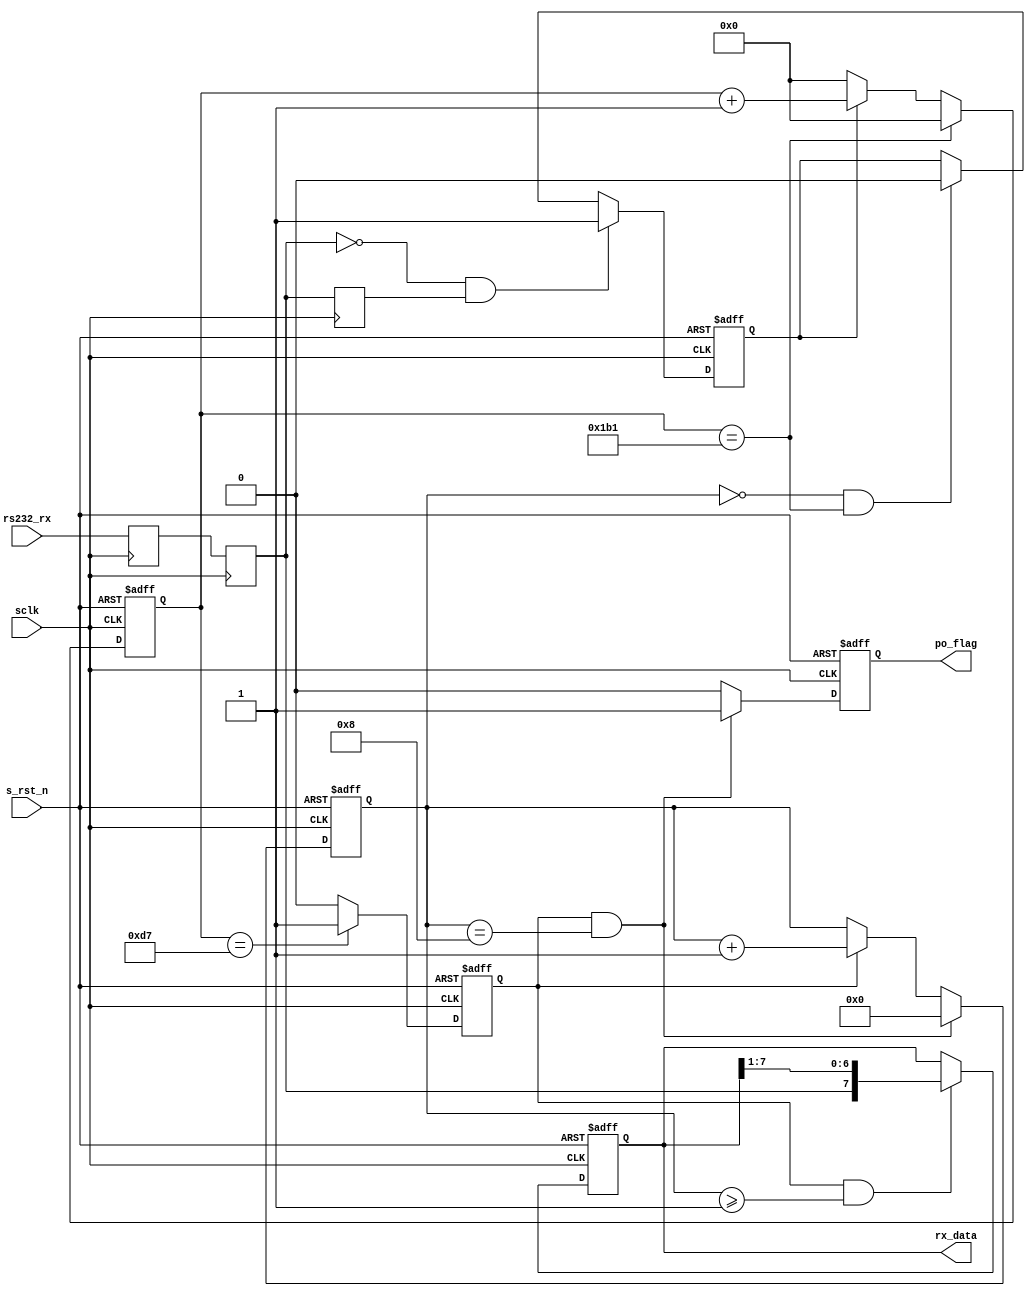
module  uart_rx(
					  // system signals
					  input sclk ,
					  input s_rst_n ,
					  // UART Interface
					  input rs232_rx ,
					  // others
					  output  reg [ 7:0]  rx_data ,
					  output  reg po_flag
					);


	`ifndef SIM
	localparam      BAUD_END = 433;
	`else
	localparam      BAUD_END = 28;
	`endif
	localparam      BAUD_M = BAUD_END/2 - 1;
	localparam      BIT_END = 8;

	reg rx_r1;
	reg rx_r2;
	reg rx_r3;
	reg rx_flag;
	reg [12:0] baud_cnt;
	reg bit_flag;
	reg [ 3:0] bit_cnt;

	wire rx_neg;


	assign  rx_neg  =       ~rx_r2 & rx_r3;

	always  @(posedge sclk) begin
			  rx_r1   <=      rs232_rx;
			  rx_r2   <=      rx_r1;
			  rx_r3   <=      rx_r2;
	end

	always  @(posedge sclk or negedge s_rst_n) begin
			  if(s_rst_n == 1'b0)
						 rx_flag <=      1'b0;
			  else if(rx_neg == 1'b1)
						 rx_flag <=      1'b1;
			  else if(bit_cnt == 'd0 && baud_cnt == BAUD_END)
						 rx_flag <=      1'b0;
	end

	always  @(posedge sclk or negedge s_rst_n) begin
			  if(s_rst_n == 1'b0)
						 baud_cnt        <=      'd0;
			  else if(baud_cnt == BAUD_END)
						 baud_cnt        <=      'd0;
			  else if(rx_flag == 1'b1)
						 baud_cnt        <=      baud_cnt + 1'b1;
			  else
						 baud_cnt        <=      'd0;
	end

	always  @(posedge sclk or negedge s_rst_n) begin
			  if(s_rst_n == 1'b0)
						 bit_flag        <=      1'b0;
			  else if(baud_cnt == BAUD_M)
						 bit_flag        <=      1'b1;
			  else
						 bit_flag        <=      1'b0;
	end

	always  @(posedge sclk or negedge s_rst_n) begin
			  if(s_rst_n == 1'b0)
						 bit_cnt <=      'd0;
			  else if(bit_flag == 1'b1 && bit_cnt == BIT_END) 
						 bit_cnt <=      'd0;
			  else if(bit_flag == 1'b1)
						 bit_cnt <=      bit_cnt + 1'b1;
	end

	always  @(posedge sclk or negedge s_rst_n) begin
			  if(s_rst_n == 1'b0)
						 rx_data <=      'd0;
			  else if(bit_flag == 1'b1 && bit_cnt >= 'd1)
						 rx_data <=      {rx_r2, rx_data[7:1]};
	end

	always  @(posedge sclk or negedge s_rst_n) begin
			  if(s_rst_n == 1'b0)
						 po_flag <=      1'b0;
			  else if(bit_cnt == BIT_END && bit_flag == 1'b1)
						 po_flag <=      1'b1;
			  else
						 po_flag <=      1'b0;
	end

endmodule